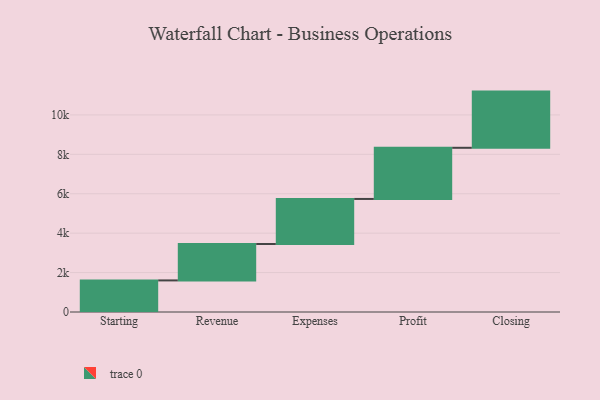
{"axis": {"x": "Step", "y": "Value"}, "legend": [""], "data": [{"x": "Starting", "y": 1603.0, "type": ""}, {"x": "Revenue", "y": 1847.0, "type": ""}, {"x": "Expenses", "y": 2286.0, "type": ""}, {"x": "Profit", "y": 2596.0, "type": ""}, {"x": "Closing", "y": 2851.0, "type": ""}]}